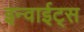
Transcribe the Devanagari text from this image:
इन्वाईट्स